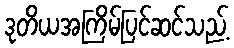
ဒုတိယအကြိမ်ပြင်ဆင်သည့်